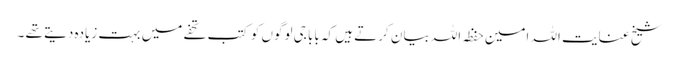
شیخ عنایت اللہ امین حفظہ اللہ بیان کرتے ہیں کہ بابا جی لوگوں کو کتب تحفے میں بہت زیادہ دیتے تھے ۔